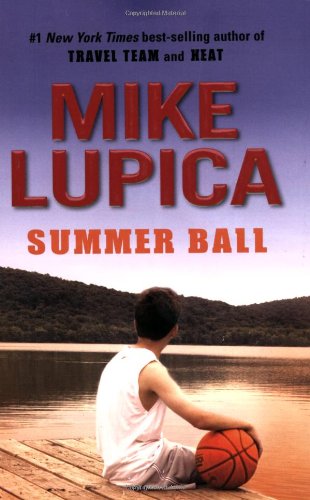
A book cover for Summer Ball; Mike Lupica; Children's Books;